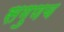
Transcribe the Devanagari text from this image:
सगुणच